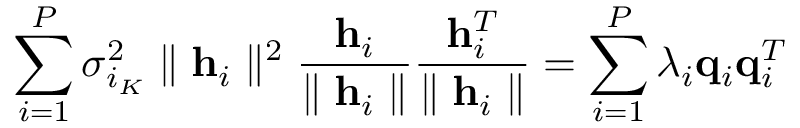
\sum _ { i = 1 } ^ { P } \sigma _ { i _ { K } } ^ { 2 } \parallel \mathbf { h } _ { i } \parallel ^ { 2 } \frac { \mathbf { h } _ { i } } { \parallel \mathbf { h } _ { i } \parallel } \frac { \mathbf { h } _ { i } ^ { T } } { \parallel \mathbf { h } _ { i } \parallel } = \sum _ { i = 1 } ^ { P } \lambda _ { i } \mathbf { q } _ { i } \mathbf { q } _ { i } ^ { T }